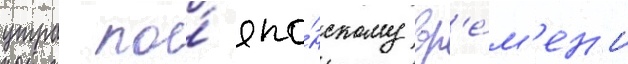
утра по́ япо́нскому вр'е́м'ен'и